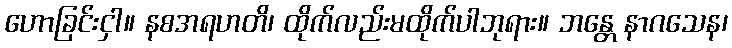
ဟောခြင်းငှါ။ နစအရဟတိ၊ ထိုက်လည်းမထိုက်ပါဘုရား။ ဘန္တေ နာဂသေန၊